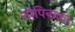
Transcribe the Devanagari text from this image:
गोपिनाथन्